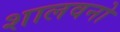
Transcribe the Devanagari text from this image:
शालवनो